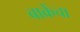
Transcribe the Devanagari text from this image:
बाक्रेंचा